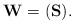
LaTeX: \begin{align*}\mathbf{W}= (\mathbf{S}).\end{align*}